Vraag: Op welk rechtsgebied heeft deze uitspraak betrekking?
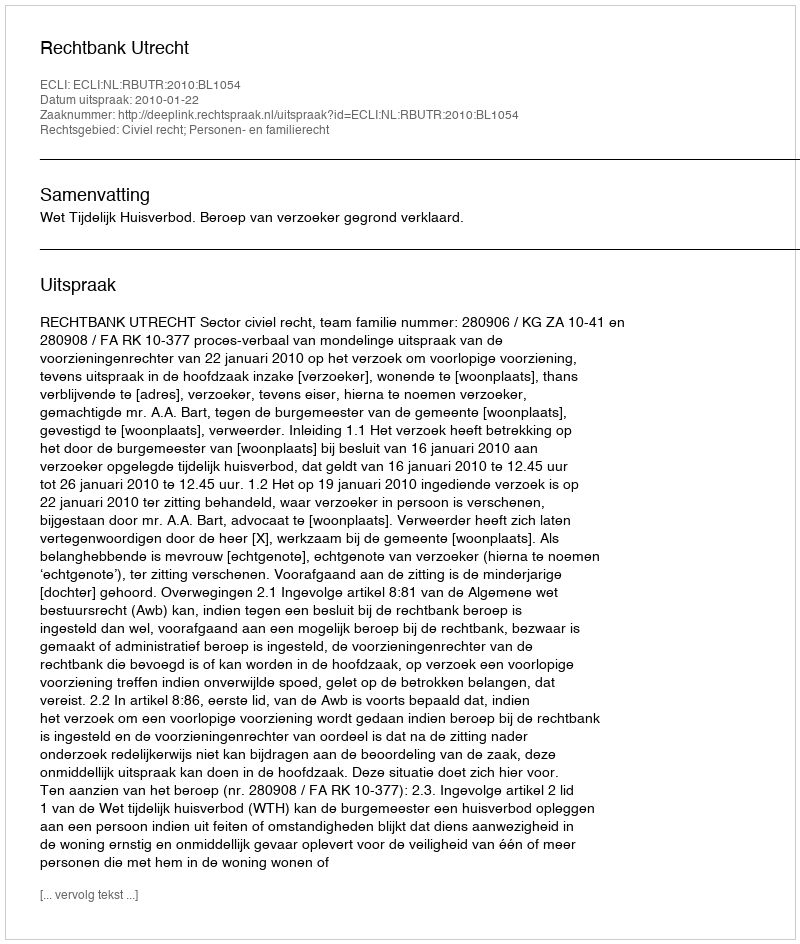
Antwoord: Civiel recht; Personen- en familierecht